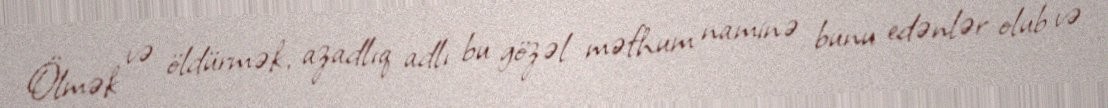
Ölmək və öldürmək, azadlıq adlı bu gözəl məfhum naminə bunu edənlər olub və